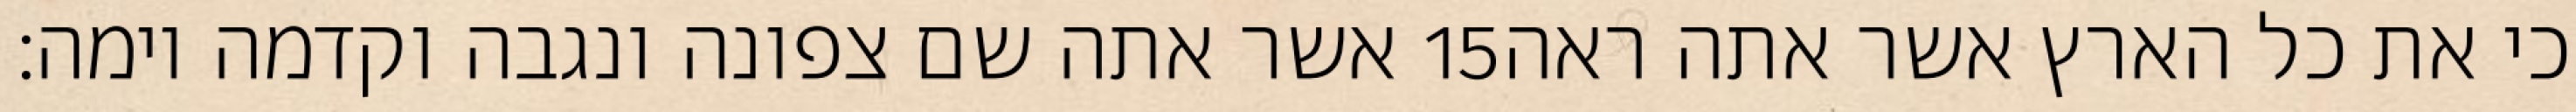
אשר אתה שם צפונה ונגבה וקדמה וימה׃ ‎15‏ כי את כל הארץ אשר אתה ראה